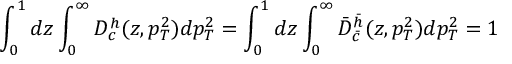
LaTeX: \int _ { 0 } ^ { 1 } d z \int _ { 0 } ^ { \infty } D _ { c } ^ { h } ( z , p _ { T } ^ { 2 } ) d p _ { T } ^ { 2 } = \int _ { 0 } ^ { 1 } d z \int _ { 0 } ^ { \infty } \bar { D } _ { \bar { c } } ^ { \bar { h } } ( z , p _ { T } ^ { 2 } ) d p _ { T } ^ { 2 } = 1